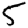
Digit: 5